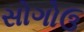
સોગોઉ